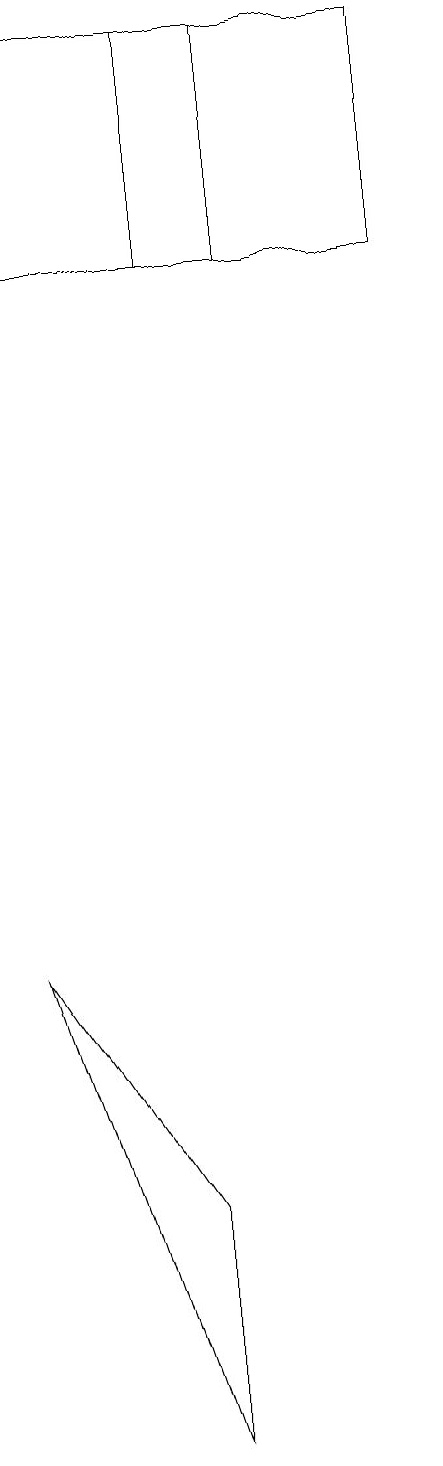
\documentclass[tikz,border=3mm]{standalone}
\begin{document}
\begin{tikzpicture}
\draw (4,1) -- (4,4) -- (2,7) -- cycle;
\draw (7,19) rectangle (2,16);
\draw (4,16) rectangle (5,19);
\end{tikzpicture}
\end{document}